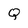
Character: Q